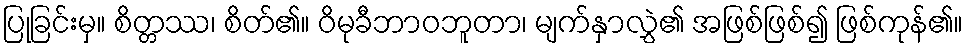
ပြုခြင်းမှ။ စိတ္တဿ၊ စိတ်၏။ ဝိမုခီဘာဝဘူတာ၊ မျက်နှာလွှဲ၏ အဖြစ်ဖြစ်၍ ဖြစ်ကုန်၏။